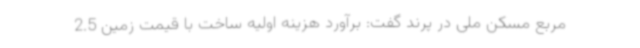
مربع مسکن ملی در پرند گفت: برآورد هزینه اولیه ساخت با قیمت زمین 2.5